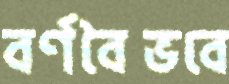
বর্ণবৈভবে